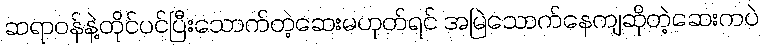
ဆရာဝန်နဲ့တိုင်ပင်ပြီးသောက်တဲ့ဆေးမဟုတ်ရင် အမြဲသောက်နေကျဆိုတဲ့ဆေးကပဲ